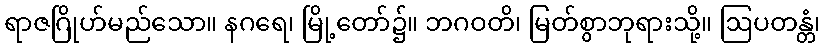
ရာဇဂြိုဟ်မည်သော။ နဂရေ၊ မြို့တော်၌။ ဘဂဝတိ၊ မြတ်စွာဘုရားသို့။ ဩပတန္တံ၊